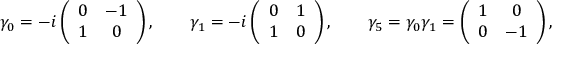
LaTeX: \gamma _ { 0 } = - i \left( \begin{array} { c c } { { 0 } } & { { - 1 } } \\ { { 1 } } & { { 0 } } \end{array} \right) , \qquad \gamma _ { 1 } = - i \left( \begin{array} { c c } { { 0 } } & { { 1 } } \\ { { 1 } } & { { 0 } } \end{array} \right) , \qquad \gamma _ { 5 } = \gamma _ { 0 } \gamma _ { 1 } = \left( \begin{array} { c c } { { 1 } } & { { 0 } } \\ { { 0 } } & { { - 1 } } \end{array} \right) ,